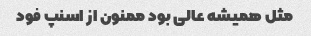
مثل همیشه عالی بود ممنون از اسنپ فود